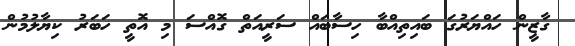
ގާޒީން ހައްޔަރުގަ ބައިތިއްބާ ހިސާބައް ސަރީއަތް ގޮއްސަ މި އޮތީ ހަބަރު ކިޔާލުމުން